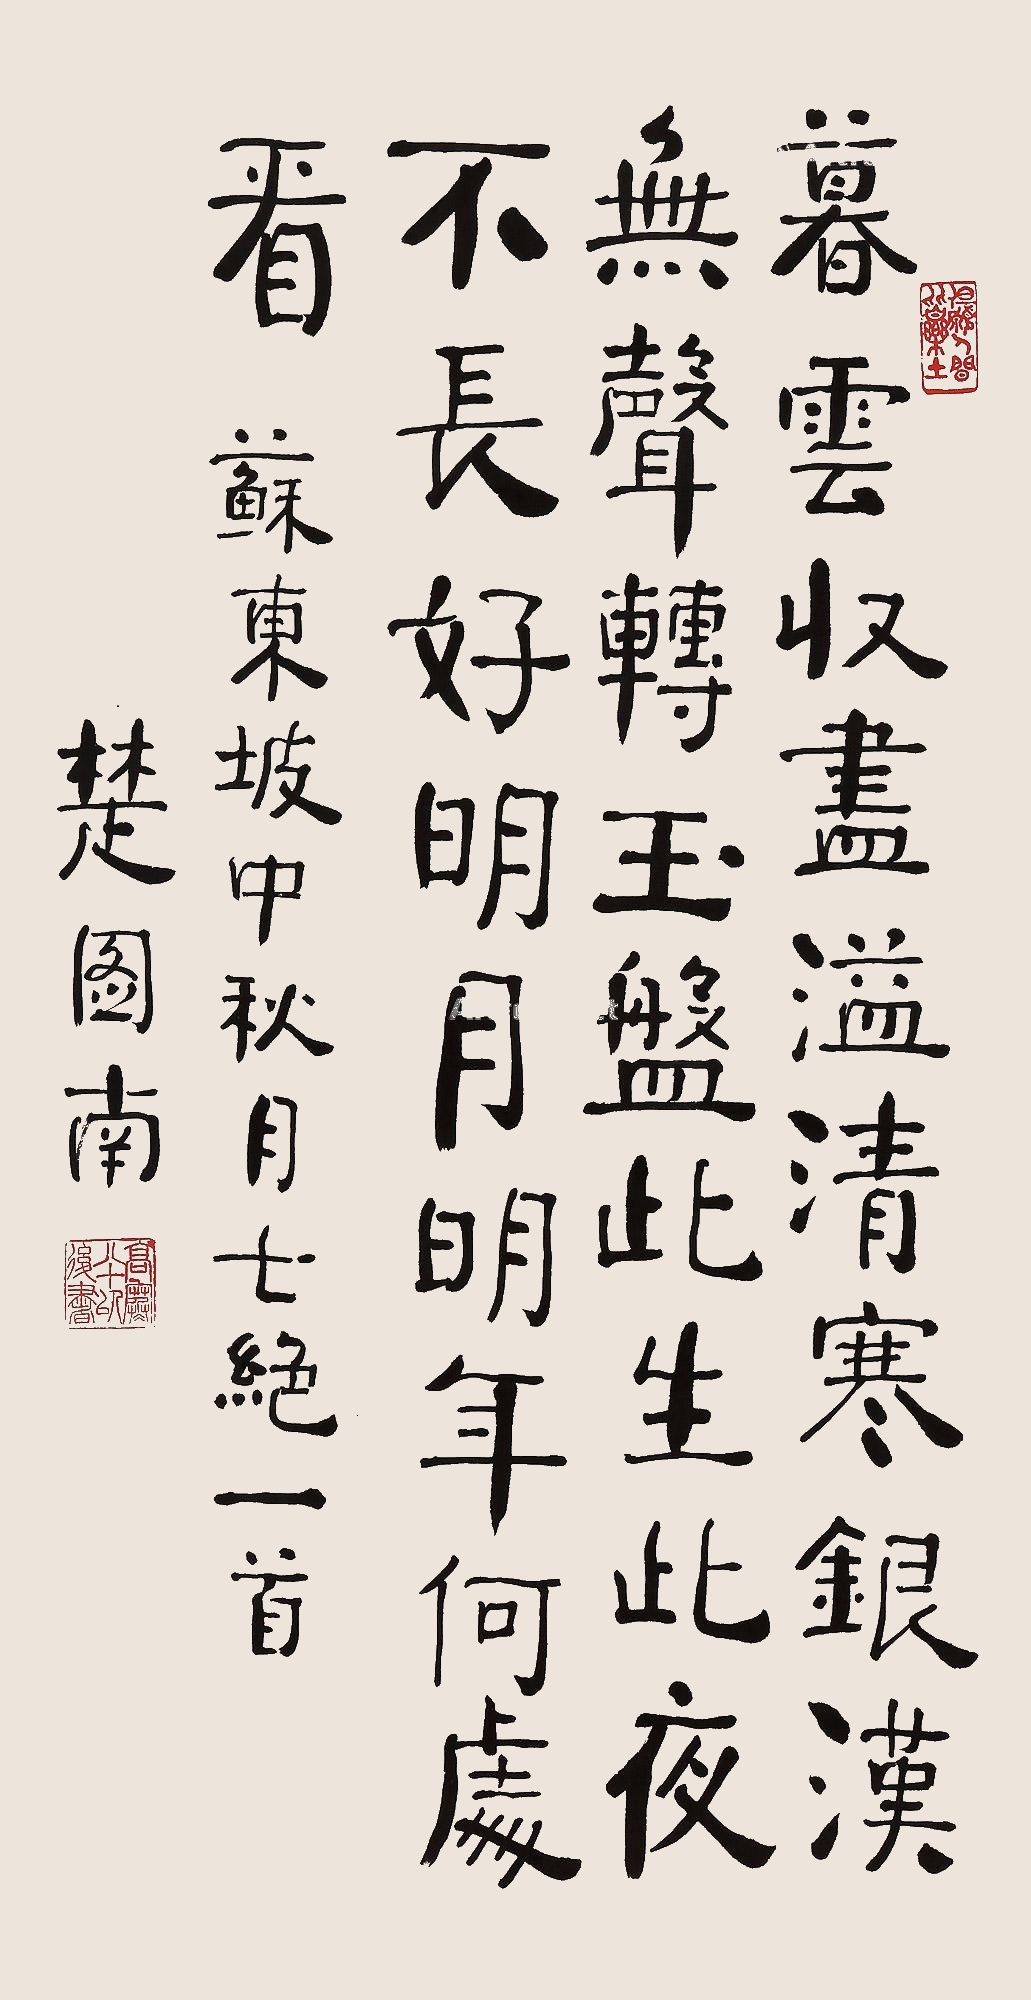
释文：暮云收尽溢清寒。银汉无声转玉盘，此生此夜不长好，明月明年何处看。苏东坡中秋月七绝一首，楚图南。